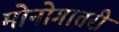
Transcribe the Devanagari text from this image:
मोनोगातरी